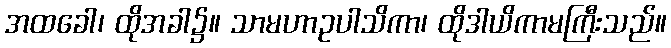
အထခေါ၊ ထိုအခါ၌။ သာမဟာဥပါသိကာ၊ ထိုဒါယိကာမကြီးသည်။